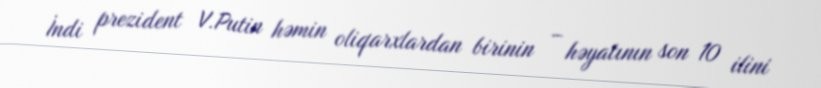
İndi prezident V.Putin həmin oliqarxlardan birinin – həyatının son 10 ilini